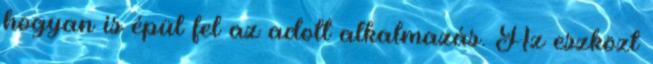
hogyan is épül fel az adott alkalmazás. Az eszközt